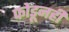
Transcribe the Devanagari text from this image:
फोडूनही